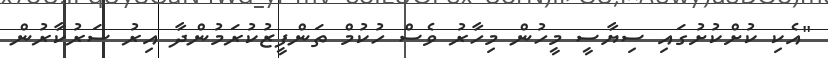
"އެކި ކުށްކުށުގައި ސިޔާސީ މީހުން މިހާރު ވެސް ހުކުމް ތަންފީޒުކުރަމުންދާ އިރު ސަރުކާރުން